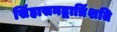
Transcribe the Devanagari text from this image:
सिंहासनद्वात्रिंशति